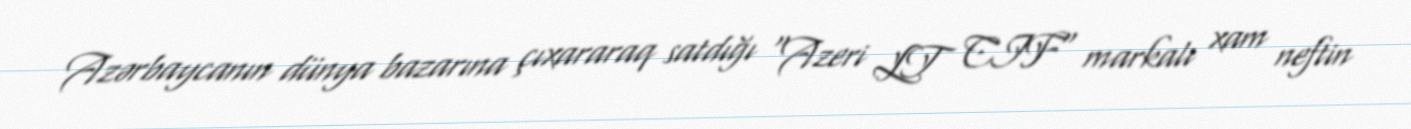
Azərbaycanın dünya bazarına çıxararaq satdığı "Azeri LT CIF" markalı xam neftin